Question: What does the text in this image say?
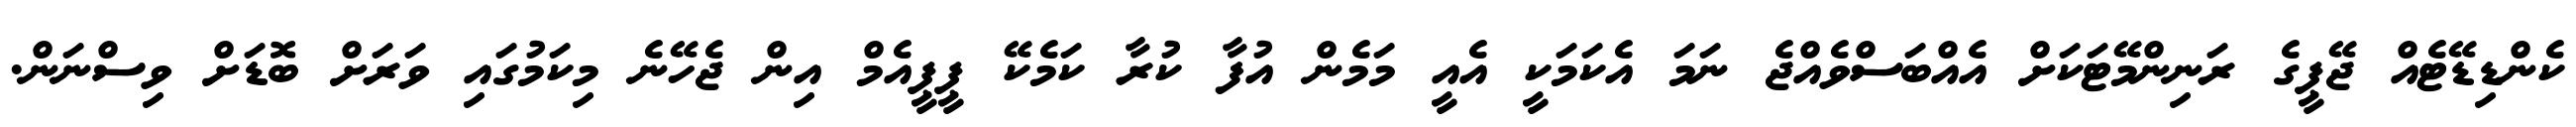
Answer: ކެންޑިޑޭޓެއް ޖޭޕީގެ ރަނިންމޭޓަކަށް އެއްބަސްވެއްޖެ ނަމަ އެކަމަކީ އެއީ މަމެން އުފާ ކުރާ ކަމެކޭ ޕީޕީއެމް އިން ޖެހޭނެ މިކަމުގައި ވަރަށް ބޮޑަށް ވިސްނަން.